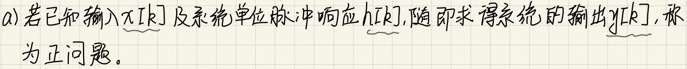
a) 若已知输入$x[k]$及系统单位脉冲响应$h[k]$，随即求得系统的输出$y[k]$，称
为正问题。